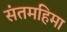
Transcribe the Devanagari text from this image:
संतमहिमा